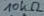
Text: 10kΩ